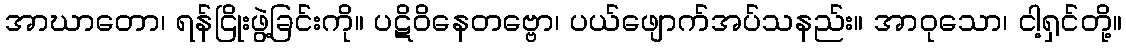
အာဃာတော၊ ရန်ငြိုးဖွဲ့ခြင်းကို။ ပဋိဝိနေတဗ္ဗော၊ ပယ်ဖျောက်အပ်သနည်း။ အာဝုသော၊ ငါ့ရှင်တို့။